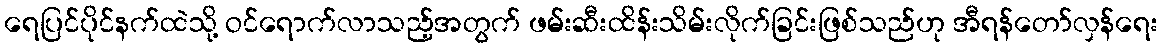
ရေပြင်ပိုင်နက်ထဲသို့ ဝင်ရောက်လာသည့်အတွက် ဖမ်းဆီးထိန်းသိမ်းလိုက်ခြင်းဖြစ်သည်ဟု အီရန်တော်လှန်ရေး